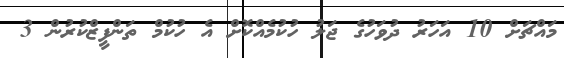
މައްޗަށް 10 އަހަރު ދުވަހުގެ ޖަލު ހުކުމެއްކޮށް އެ ހުކުމް ތަންފީޒްކުރުން 3